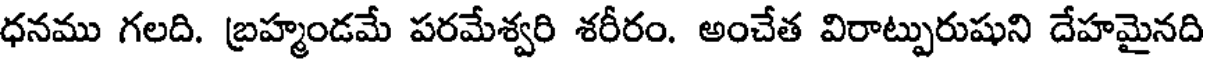
ధనము గలది. బ్రహ్మండమే పరమేశ్వరి శరీరం. అంచేత విరాట్పురుషుని దేహమైనది